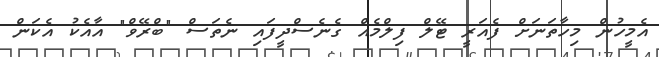
އެމީހުން މިހާތަނަށް ފެއަރީ ޓޭލް ފިލްމެއް ގެނެސްދީފައި ނެތަސް "ބްރޭވް" އާއެކު އެކަން